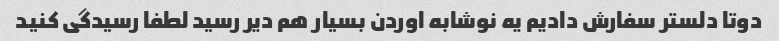
دوتا دلستر سفارش دادیم یه نوشابه اوردن بسیار هم دیر رسید لطفا رسیدگی کنید